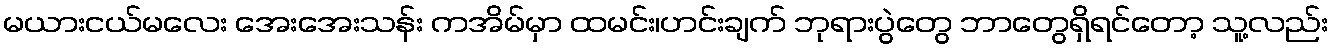
မယားငယ်မလေး အေးအေးသန်း ကအိမ်မှာ ထမင်း၊ဟင်းချက် ဘုရားပွဲတွေ ဘာတွေရှိရင်တော့ သူ့လည်း